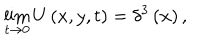
\lim _ { t \rightarrow 0 } U \left( x , y , t \right) = \delta ^ { 3 } \left( \mathbf { x } \right) ,